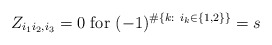
\begin{align*}Z_{i_1i_2,i_3}=0 \mbox{ for } (-1)^{\#\{k:\ i_k\in\{1,2\}\}}=s\end{align*}